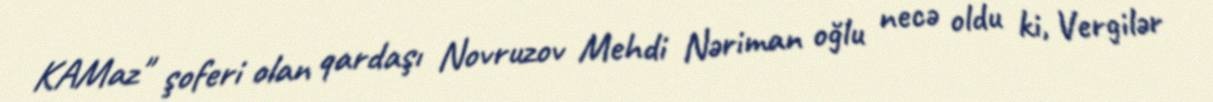
KAMaz" şoferi olan qardaşı Novruzov Mehdi Nəriman oğlu necə oldu ki, Vergilər